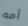
أمه